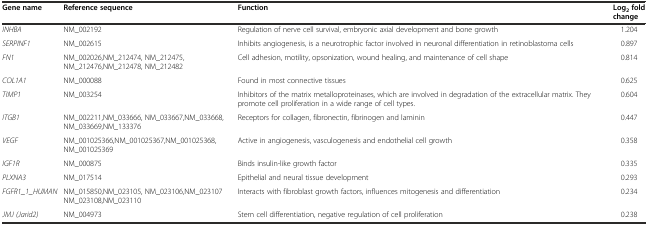
| Gene name | Reference sequence | Function | Log2fold change |
 | --- | --- | --- | --- |
 | INHBA | NM_002192 | Regulation of nerve cell survival, embryonic axial development and bone growth | 1.204 |
 | SERPINF1 | NM_002615 | Inhibits angiogenesis, is a neurotrophic factor involved in neuronal differentiation in retinoblastoma cells | 0.897 |
 | FN1 | NM_002026,NM_212474, NM_212475, NM_212476,NM_212478, NM_212482 | Cell adhesion, motility, opsonization, wound healing, and maintenance of cell shape | 0.814 |
 | COL1A1 | NM_000088 | Found in most connective tissues | 0.625 |
 | TIMP1 | NM_003254 | Inhibitors of the matrix metalloproteinases, which are involved in degradation of the extracellular matrix. They promote cell proliferation in a wide range of cell types. | 0.604 |
 | ITGB1 | NM_002211,NM_033666, NM_033667,NM_033668, NM_033669,NM_133376 | Receptors for collagen, fibronectin, fibrinogen and laminin | 0.447 |
 | VEGF | NM_001025366,NM_001025367,NM_001025368, NM_001025369 | Active in angiogenesis, vasculogenesis and endothelial cell growth | 0.358 |
 | IGF1R | NM_000875 | Binds insulin-like growth factor | 0.335 |
 | PLXNA3 | NM_017514 | Epithelial and neural tissue development | 0.293 |
 | FGFR1_1_HUMAN | NM_015850,NM_023105, NM_023106,NM_023107 NM_023108,NM_023110 | Interacts with fibroblast growth factors, influences mitogenesis and differentiation | 0.234 |
 | JMJ (Jarid2) | NM_004973 | Stem cell differentiation, negative regulation of cell proliferation | 0.238 |